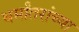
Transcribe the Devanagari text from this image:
धर्मांतरांच्या